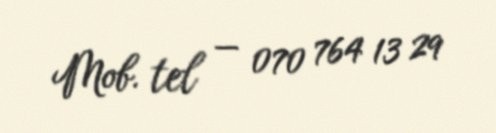
Mob. tel — 070 764 13 29